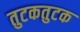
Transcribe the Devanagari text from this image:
तुटकतुटक